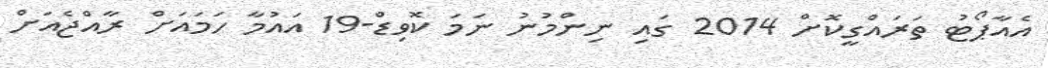
އެއާޕޯޓު ތަރައްގީކޮށް 2014 ގައި ނިންމުނު ނަމަ ކޮވިޑް-19 އައުމާ ހަމައަށް ރާއްޖެއަށް